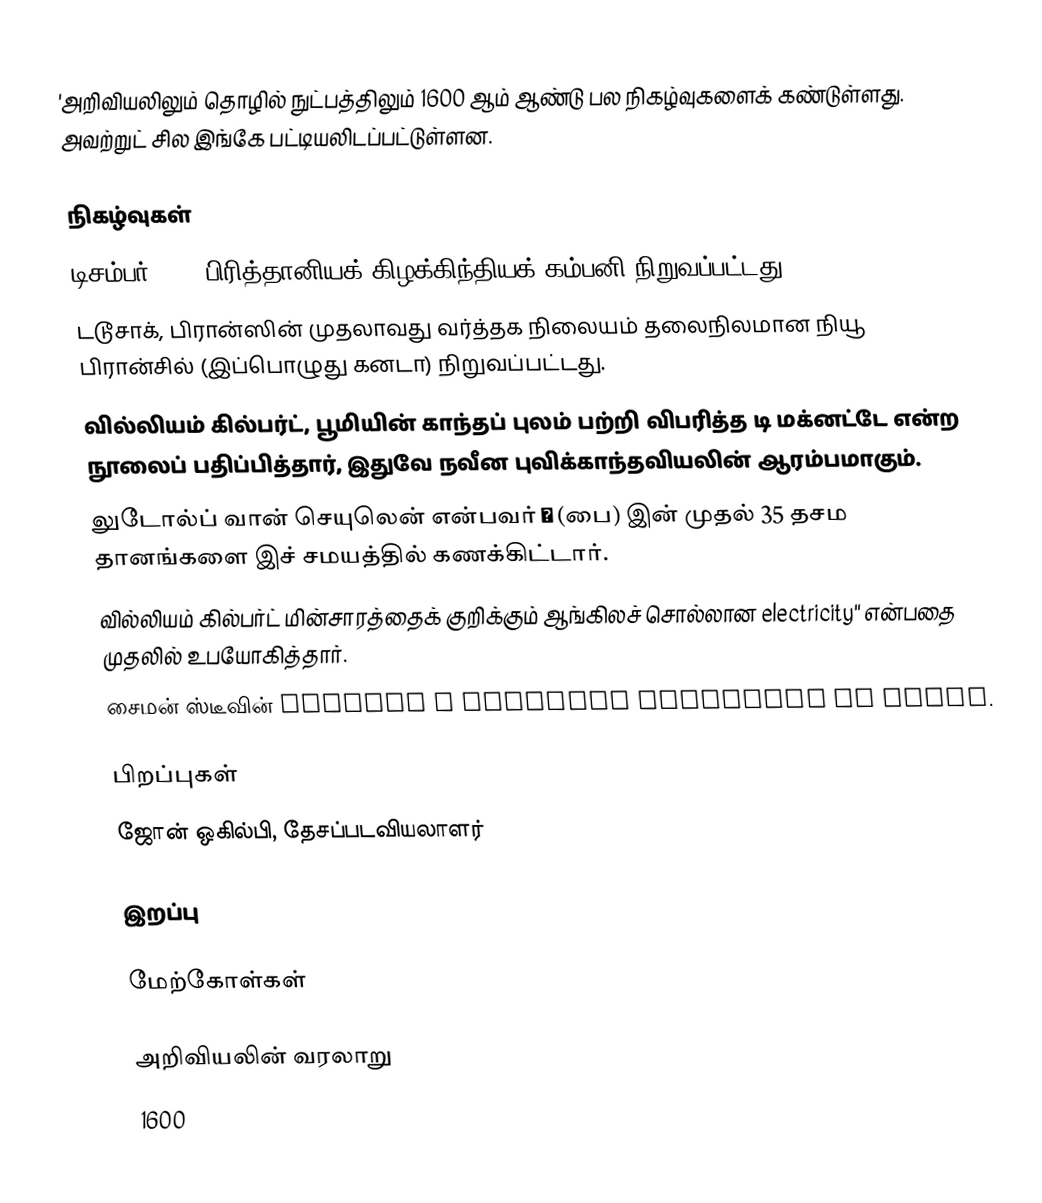
'அறிவியலிலும் தொழில் நுட்பத்திலும் 1600 ஆம் ஆண்டு பல நிகழ்வுகளைக் கண்டுள்ளது. அவற்றுட் சில இங்கே பட்டியலிடப்பட்டுள்ளன.

நிகழ்வுகள்
 டிசம்பர் 31 - பிரித்தானியக் கிழக்கிந்தியக் கம்பனி நிறுவப்பட்டது.
 டடூசாக், பிரான்ஸின் முதலாவது வர்த்தக நிலையம் தலைநிலமான நியூ பிரான்சில் (இப்பொழுது கனடா) நிறுவப்பட்டது.
 வில்லியம் கில்பர்ட், பூமியின் காந்தப் புலம் பற்றி விபரித்த டி மக்னட்டே என்ற நூலைப் பதிப்பித்தார், இதுவே நவீன புவிக்காந்தவியலின் ஆரம்பமாகும்.
 லுடோல்ப் வான் செயுலென் என்பவர் π (பை) இன் முதல் 35 தசம தானங்களை இச் சமயத்தில் கணக்கிட்டார்.
 வில்லியம் கில்பர்ட் மின்சாரத்தைக் குறிக்கும் ஆங்கிலச் சொல்லான electricity'' என்பதை முதலில் உபயோகித்தார்.
 சைமன் ஸ்டீவின் invents a carriage propelled by sails.

பிறப்புகள்
 ஜோன் ஒகில்பி, தேசப்படவியலாளர்

இறப்பு

மேற்கோள்கள்

அறிவியலின் வரலாறு
1600